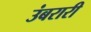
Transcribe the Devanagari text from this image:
उंबरारी